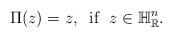
LaTeX: \begin{align*}\Pi(z)=z, \;\; \mathrm{if}\;\; z\in \mathbb{H}_{\mathbb{R}}^n. \end{align*}